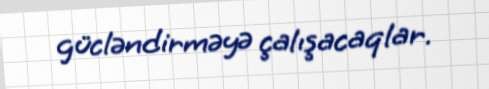
gücləndirməyə çalışacaqlar.